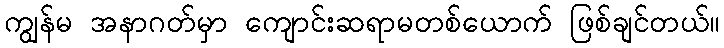
ကျွန်မ အနာဂတ်မှာ ကျောင်းဆရာမတစ်ယောက် ဖြစ်ချင်တယ်။